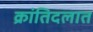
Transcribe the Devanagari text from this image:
क्रांतिदलात